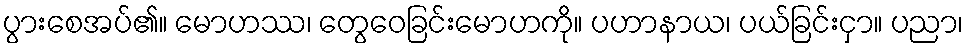
ပွားစေအပ်၏။ မောဟဿ၊ တွေဝေခြင်းမောဟကို။ ပဟာနာယ၊ ပယ်ခြင်းငှာ။ ပညာ၊